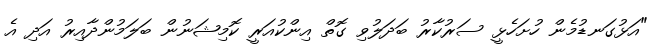
"އަޅުގަނޑުމެން ހުށަހެޅީ ސަރުކާރު ބަދަލުވި ގޮތް އިންކުއަރީ ކޮމިޝަނުން ބަލަމުންދާއިރު އަދި އެ